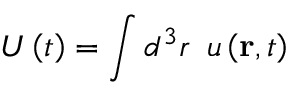
U \left( t \right) = \int d ^ { 3 } r \, \, \, u \left( \mathbf { r } , t \right)